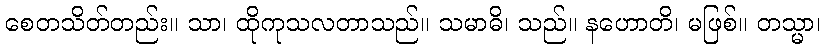
စေတသိတ်တည်း။ သာ၊ ထိုကုသလတာသည်။ သမာဓိ၊ သည်။ နဟောတိ၊ မဖြစ်။ တသ္မာ၊